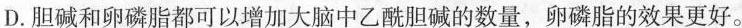
D.胆碱和卵磷脂都可以增加大脑中乙酰胆碱的数量，卵磷脂的效果更好。